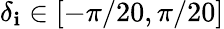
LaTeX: \delta_{\mathbf{i}}\in[-\pi/20,\pi/20]